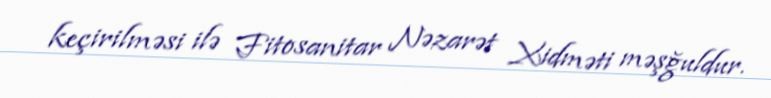
keçirilməsi ilə Fitosanitar Nəzarət Xidməti məşğuldur.